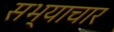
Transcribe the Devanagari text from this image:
सभ्याचार